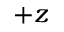
+ z